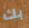
بك